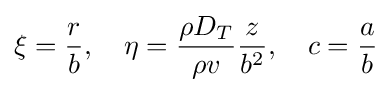
\xi ={\frac {r}{b}},\quad \eta ={\frac {\rho D_{T}}{\rho v}}{\frac {z}{b^{2}}},\quad c={\frac {a}{b}}